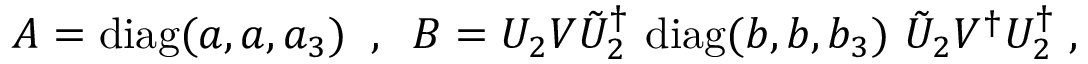
A = \mathrm { d i a g } ( a , a , a _ { 3 } ) \; \; , \; \; B = U _ { 2 } V \tilde { U } _ { 2 } ^ { \dagger } ~ \mathrm { d i a g } ( b , b , b _ { 3 } ) ~ \tilde { U } _ { 2 } V ^ { \dagger } U _ { 2 } ^ { \dagger } \; ,